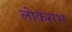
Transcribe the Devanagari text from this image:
लोकसभ